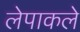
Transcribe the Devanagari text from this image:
लेपाकले